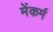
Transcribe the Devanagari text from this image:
मेंकर्म